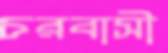
চরবাসী